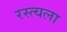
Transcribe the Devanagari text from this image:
रस्त्यला